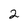
Character: 2